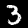
Digit: 3